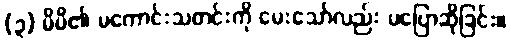
(၃) မိမိ၏ မကောင်းသတင်းကို မေးသော်လည်း မပြောဆိုခြင်း။